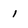
Character: 1